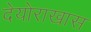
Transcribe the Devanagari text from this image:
देयोराखास